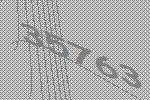
35763